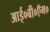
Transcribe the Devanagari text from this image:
आई०बी०ऍम०